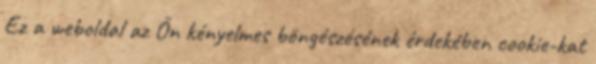
Ez a weboldal az Ön kényelmes böngészésének érdekében cookie-kat